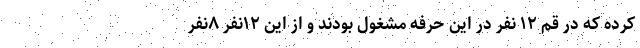
کرده که در قم ۱۲ نفر در این حرفه مشغول بودند و از این ۱۲‌نفر ۸نفر